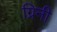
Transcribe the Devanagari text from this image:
ग्रिनी